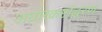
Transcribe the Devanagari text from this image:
अघोरकष्टोद्धरण